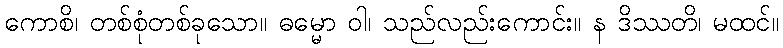
ကောစိ၊ တစ်စုံတစ်ခုသော။ ဓမ္မော ဝါ၊ သည်လည်းကောင်း။ န ဒိဿတိ၊ မထင်။